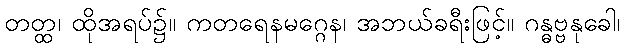
တတ္ထ၊ ထိုအရပ်၌။ ကတရေနမဂ္ဂေန၊ အဘယ်ခရီးဖြင့်။ ဂန္ဓဗ္ဗနုခေါ၊